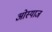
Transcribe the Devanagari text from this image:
ओस्याज